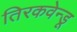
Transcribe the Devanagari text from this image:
तिरकवेन्डू